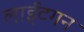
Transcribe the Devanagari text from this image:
लाईटगन